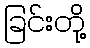
ခြင်းတို့